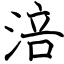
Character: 涪